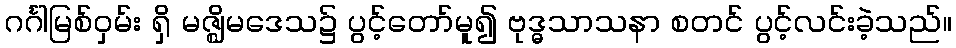
ဂင်္ဂါမြစ်ဝှမ်း ရှိ မဇ္ဈိမဒေသ၌ ပွင့်တော်မူ၍ ဗုဒ္ဓသာသနာ စတင် ပွင့်လင်းခဲ့သည်။